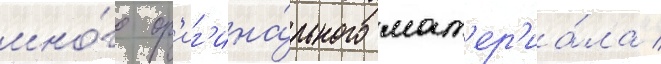
мно́го ор'иг'ина́льного мат'ер'иа́ла /